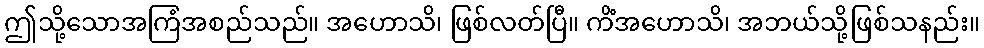
ဤသို့သောအကြံအစည်သည်။ အဟောသိ၊ ဖြစ်လတ်ပြီ။ ကိံအဟောသိ၊ အဘယ်သို့ဖြစ်သနည်း။